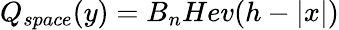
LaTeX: Q_{space}(y)=B_{n}Hev(h-|x|)